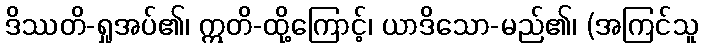
ဒိဿတိ-ရှုအပ်၏၊ ဣတိ-ထို့ကြောင့်၊ ယာဒိသော-မည်၏၊ (အကြင်သူ